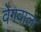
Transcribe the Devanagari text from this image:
वेगवाला